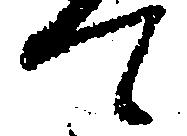
て